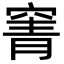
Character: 𮄄